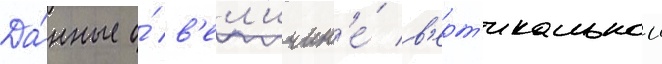
Да́нные о́ в'ел'ичин'е́ в'ерт'икальнои